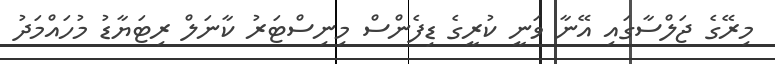
މިރޭގެ ޖަލްސާގައި އޭނާ ވަނީ ކުރީގެ ޑިފެންސް މިނިސްޓަރު ކާނަލް ރިޓަޔާޑު މުހައްމަދު